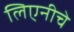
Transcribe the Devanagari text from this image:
लिएनीचे